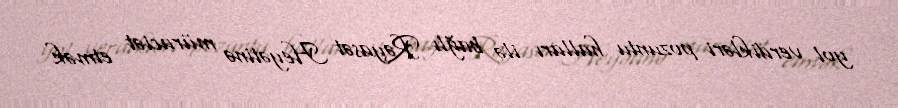
yol verdikləri pozuntu halları ilə bağlı Rəyasət Heyətinə müraciət etmək